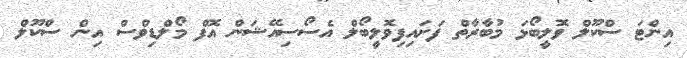
އިންޓަ ސްކޫލް ވޮލީބޯޅަ މުބާރާތް ފަށައިފިވޮލީބޯލް އެސޯސިއޭޝަން އޮފް މޯލްޑިވްސް އިން ސްކޫލް